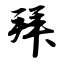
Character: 拜